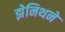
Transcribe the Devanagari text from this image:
झेनिथने